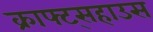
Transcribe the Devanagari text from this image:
क्राफ्ट्सहाउस